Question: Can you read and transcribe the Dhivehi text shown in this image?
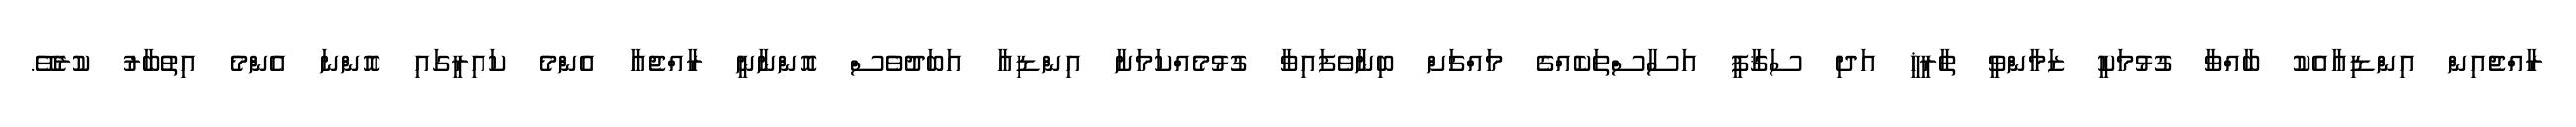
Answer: ރާއްޖެއިން އިންޑިއާއެކު ބާއްވާ ގުޅުމަކީ ޒަމާންވީ ތާރީޚީ އަދި ސަޤާފީ އަސާސްތަކެއްގެ މައްޗަށް ބިނާވެފައިވާ ގުޅުމެއްކަމަށާ އިންޑިއާ އަބަދުވެސް އޮންނާނީ ރާއްޖެއާ އެންމެ ކައިރީގައި އޮންނަ އެންމެ އިތުބާރު ކުރެވޭ.